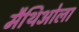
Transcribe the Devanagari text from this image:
मैथिओला